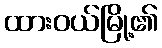
ထားဝယ်မြို့၏